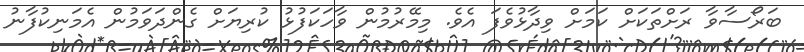
ބަރޯސާވާ ރަށްތަކަށް ކަމަށް ވިދާޅުވެފަ އެވެ. މިމޭރުމުން ވާހަކަފުޅު ކުރިޔަށް ގެންދަވަމުން އެމަނިކުފާނު